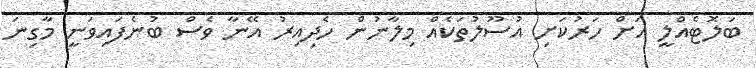
ބަލޮޓެއްލީ އަށް ހަރުކަށި އުސޫލުތަކެއް މިލާނުން ހެދިއިރު އޭނާ ވެސް ބުނެފައިވަނީ މާގިނަ